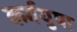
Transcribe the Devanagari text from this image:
कर्गयुपा